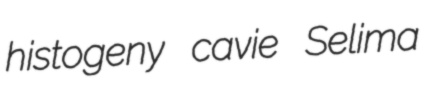
histogeny cavie Selima